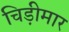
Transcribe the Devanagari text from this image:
चिड़ीमार